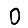
Digit: 0